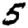
Digit: 5